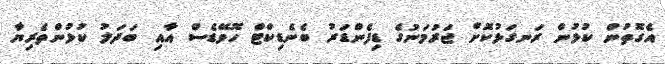
އެގޮތުން ކުޅުން ރަނގަޅުކޮށް ޖަރުމަނުގެ ޑިފެންޑަރު ބެނެޑިކްޓް ހޮވޭޑެސް އާއި ބަދަލު ކުޅުންތެރިޔާ